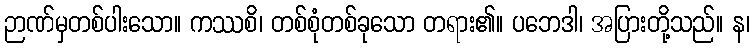
ဉာဏ်မှတစ်ပါးသော။ ကဿစိ၊ တစ်စုံတစ်ခုသော တရား၏။ ပဘေဒါ၊ အပြားတို့သည်။ န၊